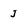
Character: J